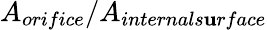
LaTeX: A_{orifice}/A_{internals\mathbf{u}rface}